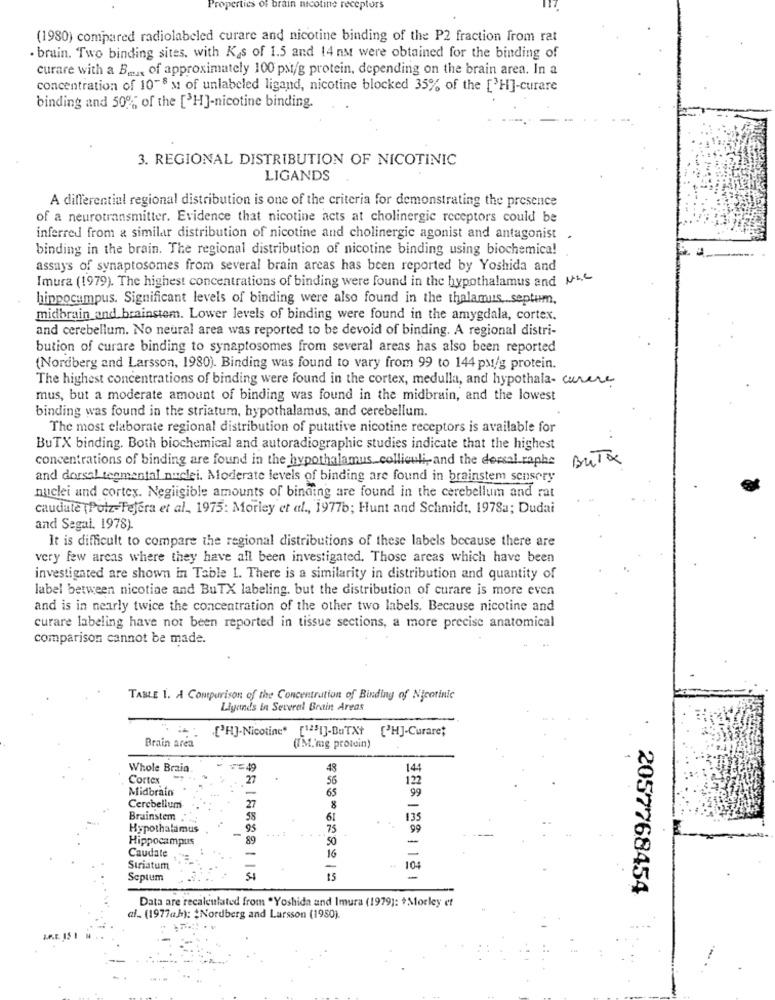
Properties of brain nicotine receptors
(1980) compared radiolabeled curare and nicotine binding of the P2 fraction from rat
. brain. Two binding sites, with Kgs of 1.5 and 14 nM were obtained for the binding of
curare with a B .... of approximately 100 pst/g protein, depending on the brain area. In a
concentration of 10-8 s of unlabeled ligand, nicotine blocked 35% of the ['H]-curare
binding and 50% of the [3H]-nicotine binding.
3. REGIONAL DISTRIBUTION OF NICOTINIC
LIGANDS
A differential regional distribution is one of the criteria for demonstrating the presence
of a neurotransmitter. Evidence that nicotine acts at cholinergic receptors could be
inferred from a similar distribution of nicotine and cholinergic agonist and antagonist .
binding in the brain. The regional distribution of nicotine binding using biochemical
assays of synaptosomes from several brain arcas has been reported by Yoshida and
Imura (1979). The highest concentrations of binding were found in the hypothalamus and NhC
hippocampus. Significant levels of binding were also found in the thalamus septum,
midbrain and brainstem. Lower levels of binding were found in the amygdala, cortex.
and cerebellum. No neural area was reported to be devoid of binding. A regional distri-
bution of curare binding to synaptosomes from several areas has also been reported
(Nordberg and Larsson, 1980). Binding was found to vary from 99 to 144 pst/g protein.
The highest concentrations of binding were found in the cortex, medulla, and hypothala- curere
mus, but a moderate amount of binding was found in the midbrain, and the lowest
binding was found in the striatum, hypothalamus, and cerebellum.
The most elaborate regional distribution of putative nicotine receptors is available for
BuTX binding. Both biochemical and autoradiographic studies indicate that the highest
concentrations of binding are found in the hypothalamus colliculi, and the dorsal raphs
BUTA
and dorsal tenmental nuclei. Moderate levels of binding are found in brainstem sensery
nuclei and cortex. Negligible amounts of binding are found in the cerebellum and rat
caudate (Polz-Tejera et al, 1975: Morley et al ., 19776; Hunt and Schmidt, 1978a; Dudai
and Segal. 1978).
It is difficult to compare the regional distributions of these labels because there are
very few areas where they have all been investigated. Those areas which have been
investigated are shown in Table 1. There is a similarity in distribution and quantity of
label between nicotine and BuTX labeling. but the distribution of curare is more even
and is in nearly twice the concentration of the other two labels. Because nicotine and
curare labeling have not been reported in tissue sections, a more precise anatomical
comparison cannot be made.
TABLE 1. A Comparison of the Concentration of Binding of Nicotinic
Ligands in Several Brain Areas
.: [H]-Nicotine" [1251]-BuTX+ ['HJ-Curare;
Brain area
(IM,'mg protein)
Whole Brain
48
14
Cortex
27
56
122
Midbrain
65
99
Cerebellum
27
8
Brainstem .
58
61
135
Hypothalamus
-
95
75
99
Hippocampus
89
50
Caudate
16
Striatum
-
104
Septum
15
2057768454
Data are recalculated from "Yoshida and Imura (1979]: +Morley et
af. (1977a.h): $Nordberg and Larsson (1950).